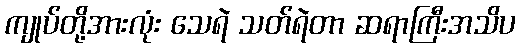
ကျုပ်တို့အားလုံး သေရဲ သတ်ရဲတာ ဆရာကြီးအသိပ